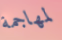
لمهاجمة